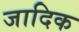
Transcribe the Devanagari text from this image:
जादिक